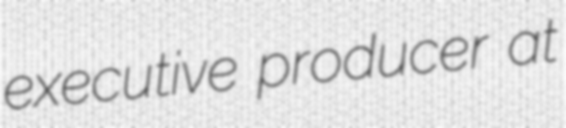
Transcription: executive producer at